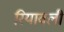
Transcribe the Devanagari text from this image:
रियावली